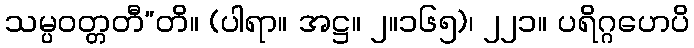
သမ္ပဝတ္တတီ”တိ။ (ပါရာ။ အဋ္ဌ။ ၂။၁၆၅)၊ ၂၂၁။ ပရိဂ္ဂဟေပိ